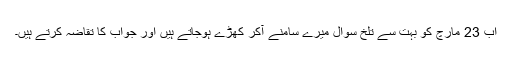
اب 23 مارچ کو بہت سے تلخ سوال میرے سامنے آکر کھڑے ہوجاتے ہیں اور جواب کا تقاضہ کرتے ہیں۔